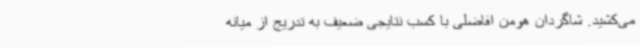
می‌کشید. شاگردان هومن افاضلی با کسب نتایجی ضعیف به تدریج از میانه